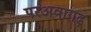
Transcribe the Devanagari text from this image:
परअवागढ़